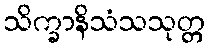
သိက္ခာနိသံသသုတ္တ